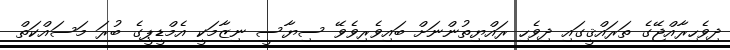
ދިވެހިރާއްޖޭގެ ތަރައްޤީގައި ދިވެހި ރައްޔިތުންނަށް ބައިވެރިވެވޭ ސިޔާސީ ނިޒާމަކީ އެމްޑީޕީގެ ބުރަ މަސައްކަތް